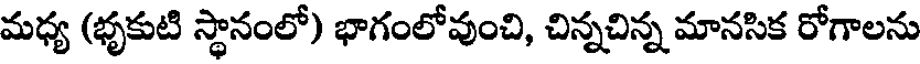
మధ్య (భృకుటి స్థానంలో) భాగంలోవుంచి, చిన్నచిన్న మానసిక రోగాలను